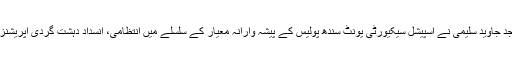
21 جون2018ء) انسپکٹر جنرل آف پولیس سندھ امجد جاوید سلیمی نے اسپیشل سیکیورٹی یونٹ سندھ پولیس کے پیشہ وارانہ معیار کے سلسلے میں انتظامی، انسداد دہشت گردی آپریشنزکے سلسلے میں کیے جانے والے اقدامات کو سراہا۔